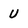
Character: U